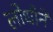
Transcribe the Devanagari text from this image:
लोधीने